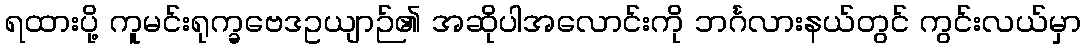
ရထားပို့ ကူမင်းရုက္ခဗေဒဥယျာဉ်၏ အဆိုပါအလောင်းကို ဘင်္ဂလားနယ်တွင် ကွင်းလယ်မှာ